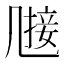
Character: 𠙤